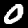
Label: 0